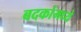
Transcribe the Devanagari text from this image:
बदकांमध्ये